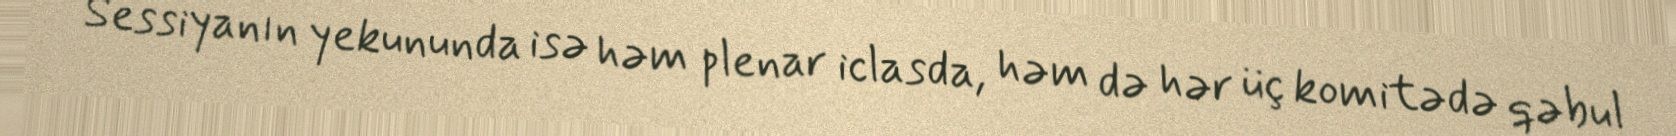
Sessiyanın yekununda isə həm plenar iclasda, həm də hər üç komitədə qəbul